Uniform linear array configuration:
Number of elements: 48
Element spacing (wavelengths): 0.25
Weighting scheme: hann
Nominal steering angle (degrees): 60
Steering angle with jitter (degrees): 61.206
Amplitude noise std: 0.05
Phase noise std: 0.05

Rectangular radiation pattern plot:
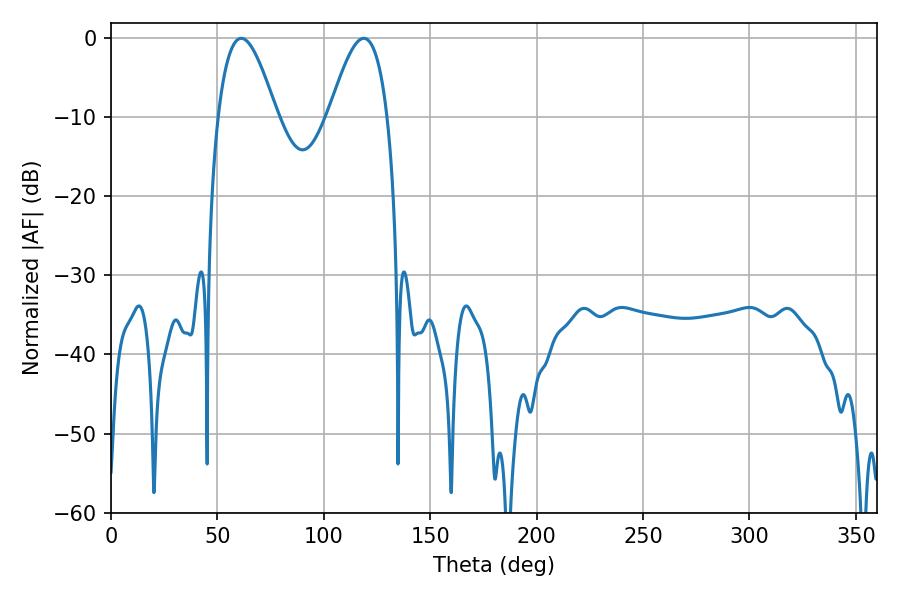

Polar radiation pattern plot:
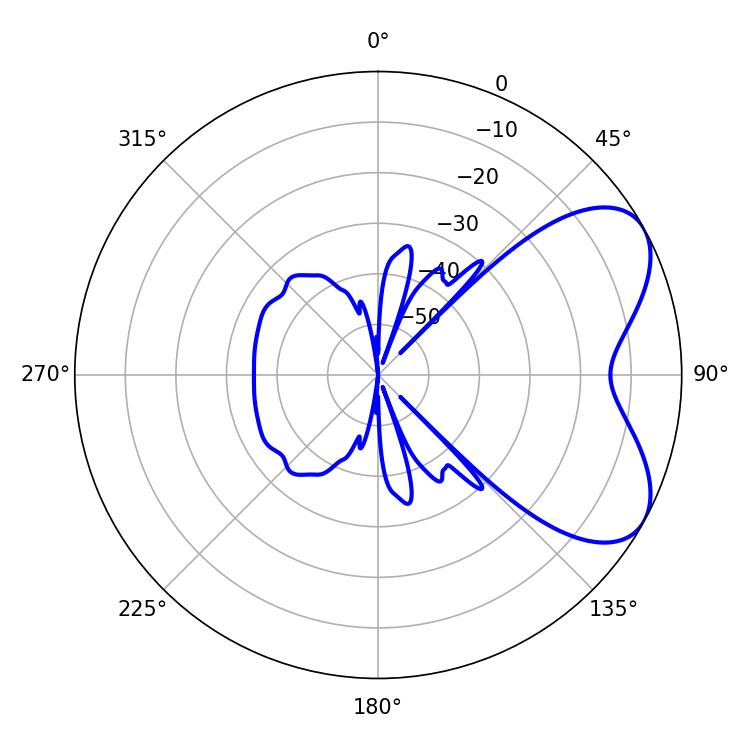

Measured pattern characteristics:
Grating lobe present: FALSE
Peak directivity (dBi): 5.907
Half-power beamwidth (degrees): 14.76
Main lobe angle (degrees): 61.2